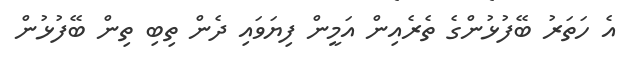
އެ ހަތަރު ބޭފުޅުންގެ ތެރެއިން އަމީން ފިޔަވައި ދެން ތިބި ތިން ބޭފުޅުން